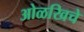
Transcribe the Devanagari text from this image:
ओळखिचे